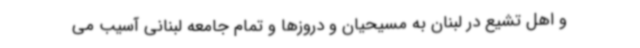
و اهل تشیع در لبنان به مسیحیان و دروزها و تمام جامعه لبنانی آسیب می